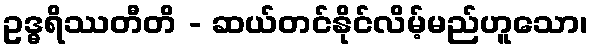
ဥဒ္ဓရိဿတီတိ - ဆယ်တင်နိုင်လိမ့်မည်ဟူသော၊